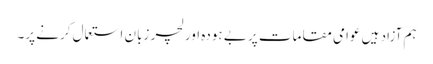
ہم آزاد ہیں عوامی مقامات پر بے ہودہ اور لچر زبان استعمال کرنے پر۔